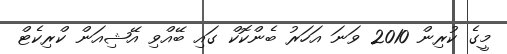
މީގެ ކުރިން 2010 ވަނަ އަހަރު ބެންކޮކް ގައި ބޭއްވި އޭޝިއަން ކްރިކެޓް